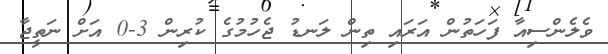
ވެލެންސިއާ ފަހަތުން އަރައި ތިން ލަނޑު ޖެހުމުގެ ކުރިން 3-0 އަށް ނަތީޖާ